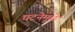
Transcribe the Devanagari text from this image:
घटनेमूळे